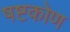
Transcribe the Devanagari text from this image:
षष्टकोण